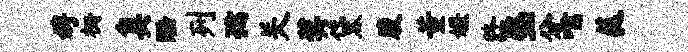
娉栅臭酷列孺关奖黛腹董嫌终塾分嚅蕤